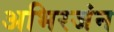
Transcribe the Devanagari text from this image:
अभिरजंन